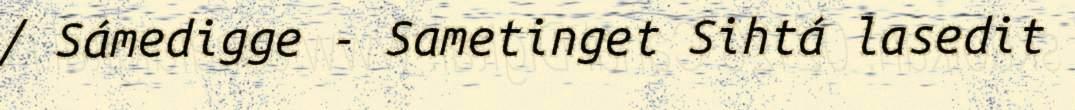
/ Sámedigge - Sametinget Sihtá lasedit